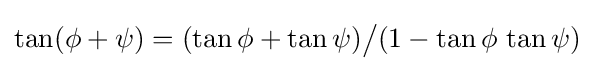
\tan(\phi +\psi )=(\tan \phi +\tan \psi ){\big /}(1-\tan \phi \,\tan \psi )